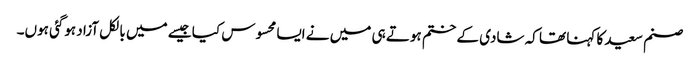
صنم سعید کا کہنا تھا کہ شادی کے ختم ہوتے ہی میں نے ایسا محسوس کیا جیسے میں بالکل آزاد ہوگئی ہوں۔